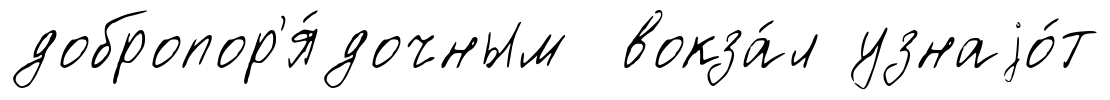
добропор'я́дочным вокза́л узнаjо́т